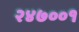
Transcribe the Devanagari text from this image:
२४७००१